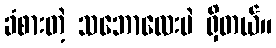
ခံစားတဲ့ သဘောလေးပဲ ရှိတယ်။